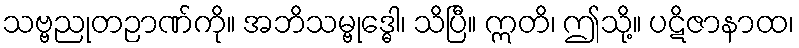
သဗ္ဗညုတဉာဏ်ကို။ အဘိသမ္ဗုဒ္ဓေါ၊ သိပြီ။ ဣတိ၊ ဤသို့။ ပဋိဇာနာထ၊